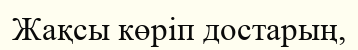
Жақсы көріп достарың,